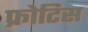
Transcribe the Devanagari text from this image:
फ्रोटिस